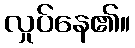
လှုပ်နေ၏။